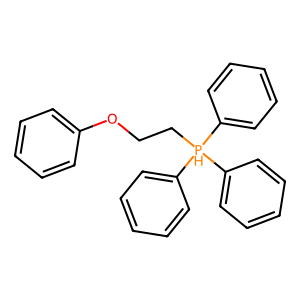
SMILES: c1ccc(OCC[PH](c2ccccc2)(c2ccccc2)c2ccccc2)cc1
Inhibits HIV replication: No